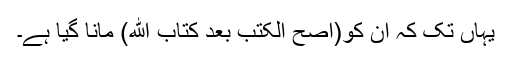
یہاں تک کہ ان کو(اصح الکتب بعد کتاب الله) مانا گیا ہے۔